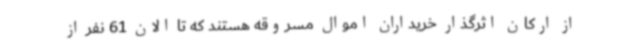
از ارکان اثرگذار خریداران اموال مسروقه هستند که تا الان 61 نفر از